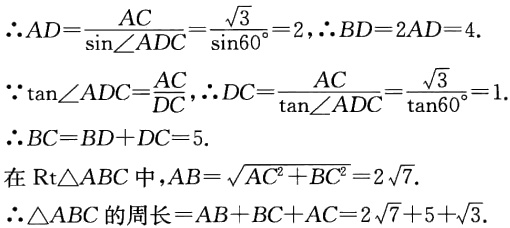
\(\therefore AD=\frac{AC}{\sin\angle ADC}=\frac{\sqrt{3}}{\sin60^{\circ}} = 2,\therefore BD = 2AD = 4.\)

\(\because\tan\angle ADC=\frac{AC}{DC},\therefore DC=\frac{AC}{\tan\angle ADC}=\frac{\sqrt{3}}{\tan60^{\circ}} = 1.\)

\(\therefore BC=BD + DC = 5.\)

在\(\text{Rt}\triangle ABC\)中，\(AB=\sqrt{AC^{2}+BC^{2}} = 2\sqrt{7}.\)

\(\therefore\triangle ABC\)的周长\(=AB + BC+AC = 2\sqrt{7}+5+\sqrt{3}.\)